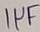
Text: 1µF